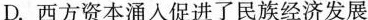
D.西方资本涌入促进了民族经济发展